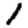
Digit: 1